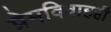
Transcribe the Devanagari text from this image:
प्रेमविवाहही